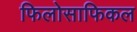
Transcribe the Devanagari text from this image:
फिलोसाफिकल